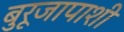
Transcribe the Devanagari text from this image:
बुरूजापाशी